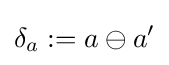
\delta _{a}:=a\ominus a'